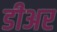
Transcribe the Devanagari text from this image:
डीअर